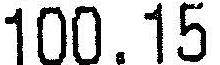
100.15